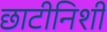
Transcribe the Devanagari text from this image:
छाटीनिशी